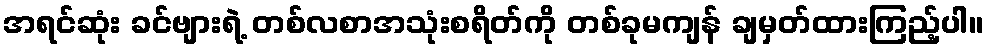
အရင်ဆုံး ခင်ဗျားရဲ့ တစ်လစာအသုံးစရိတ်ကို တစ်ခုမကျန် ချမှတ်ထားကြည့်ပါ။